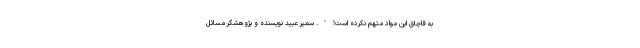
به قاچاق این مواد متهم نکرده است!". سمیر عبید نویسنده و پژوهشگر مسائل